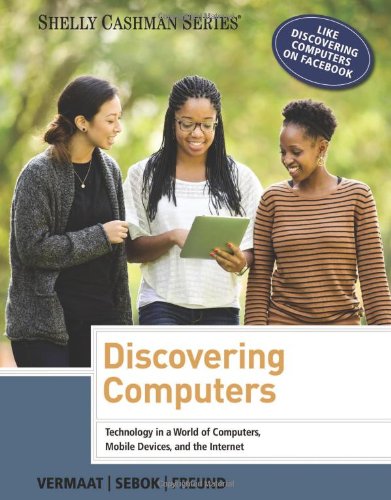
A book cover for Discovering Computers 2014 (Shelly Cashman Series); Misty E. Vermaat; Computers & Technology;